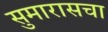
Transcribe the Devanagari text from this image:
सुमारासचा